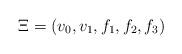
LaTeX: \begin{align*}\Xi = (v_0,v_1, f_1, f_2, f_3)\end{align*}